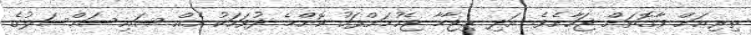
ތިރިއަށް ވާގޮތަށް ޖަހާށެވެ. އަދި ޙިޖާމާ ޖެހުމަށްފަހު ކޮންމެ ދުވަހަކު އެއް ސައިސަމްސަލުގެ